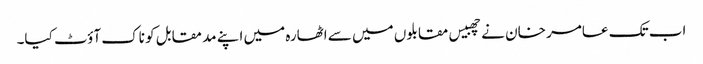
اب تک عامر خان نے چھبیس مقابلوں میں سے اٹھارہ میں اپنے مد مقابل کو ناک آؤٹ کیا۔